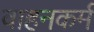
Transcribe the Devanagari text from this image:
वाहनकर्म